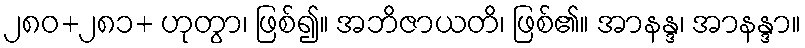
၂၈၀+၂၈၁+ ဟုတွာ၊ ဖြစ်၍။ အဘိဇာယတိ၊ ဖြစ်၏။ အာနန္ဒ၊ အာနန္ဒာ။